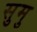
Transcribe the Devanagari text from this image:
सुमु